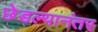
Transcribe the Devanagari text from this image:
छेडल्यानंतर